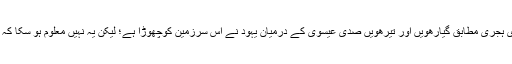
[3] ان دونوں بیانوں سے پتہ چلتا ہے کہ پانچویں اور ساتویں صدی ہجری مطابق گیارھویں اور تیرھویں صدی عیسوی کے درمیان یہود نے اس سرزمین کوچھوڑا ہے؛ لیکن یہ نہیں معلوم ہو سکا کہ ان کے ترکِ وطن کے اسباب کیا تھے اور وہ یہاں سے کہا گئے۔